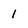
Character: I